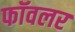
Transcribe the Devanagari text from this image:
फॉवलर